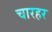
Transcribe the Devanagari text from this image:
चारहर